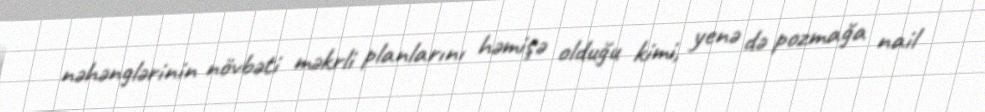
nəhənglərinin növbəti məkrli planlarını həmişə olduğu kimi, yenə də pozmağa nail